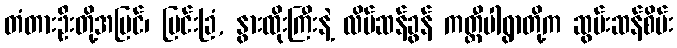
တံတားဦးတို့အပြင်၊ မြင်းခြံ, နွားထိုးကြီးနဲ့ လိပ်ဆန်ခွန် ကတ္တီပါရွာတို့က ဆွမ်းဆန်စိမ်း